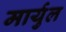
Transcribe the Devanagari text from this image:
मार्युल